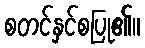
စတင်နှင်စပြု၏။